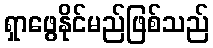
ရှာဖွေနိုင်မည်ဖြစ်သည်